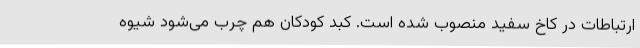
ارتباطات در کاخ سفید منصوب شده است. کبد کودکان هم چرب می‌شود شیوه